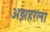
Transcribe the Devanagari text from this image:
अझहरला